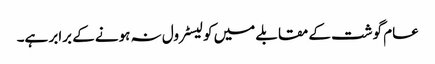
عام گوشت کے مقابلے میں کولیسٹرول نہ ہونے کے برابر ہے۔